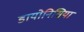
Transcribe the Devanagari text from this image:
डायोनिसिया